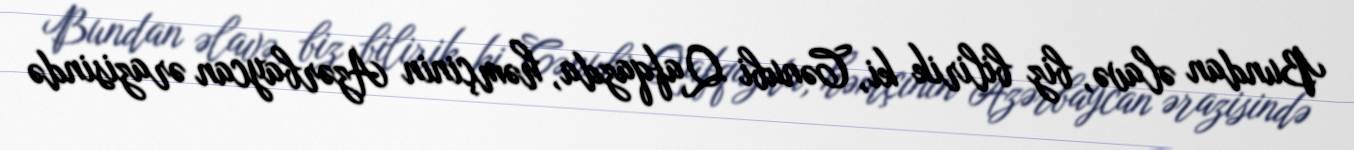
Bundan əlavə, biz bilirik ki, Cənubi Qafqazda, həmçinin Azərbaycan ərazisində